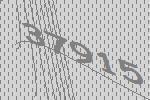
37915